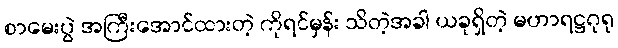
စာမေးပွဲ အကြီးအောင်ထားတဲ့ ကိုရင်မှန်း သိတဲ့အခါ ယခုရှိတဲ့ မဟာရဋ္ဌဂုရု